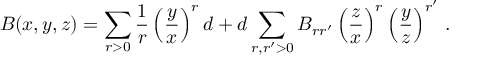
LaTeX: B ( x , y , z ) = \sum _ { r > 0 } { \frac { 1 } { r } } \left( { \frac { y } { x } } \right) ^ { r } d + d \sum _ { r , r ^ { \prime } > 0 } B _ { r r ^ { \prime } } \left( { \frac { z } { x } } \right) ^ { r } \left( { \frac { y } { z } } \right) ^ { r ^ { \prime } } \, .